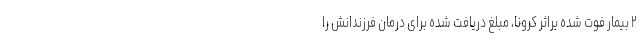
۲ بیمار فوت شده براثر کرونا، مبلغ دریافت شده برای درمان فرزندانش را